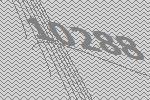
10288